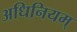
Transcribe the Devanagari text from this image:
अधिनियम्